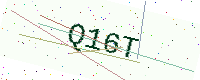
Text: Q16T